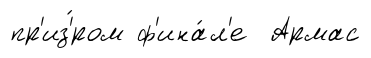
пр'из'́ром ф'ина́л'е Армас